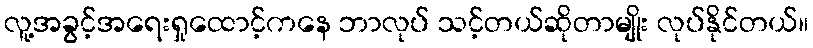
လူ့အခွင့်အရေးရှုထောင့်ကနေ ဘာလုပ် သင့်တယ်ဆိုတာမျိုး လုပ်နိုင်တယ်။